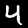
Label: 4